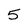
Character: 5